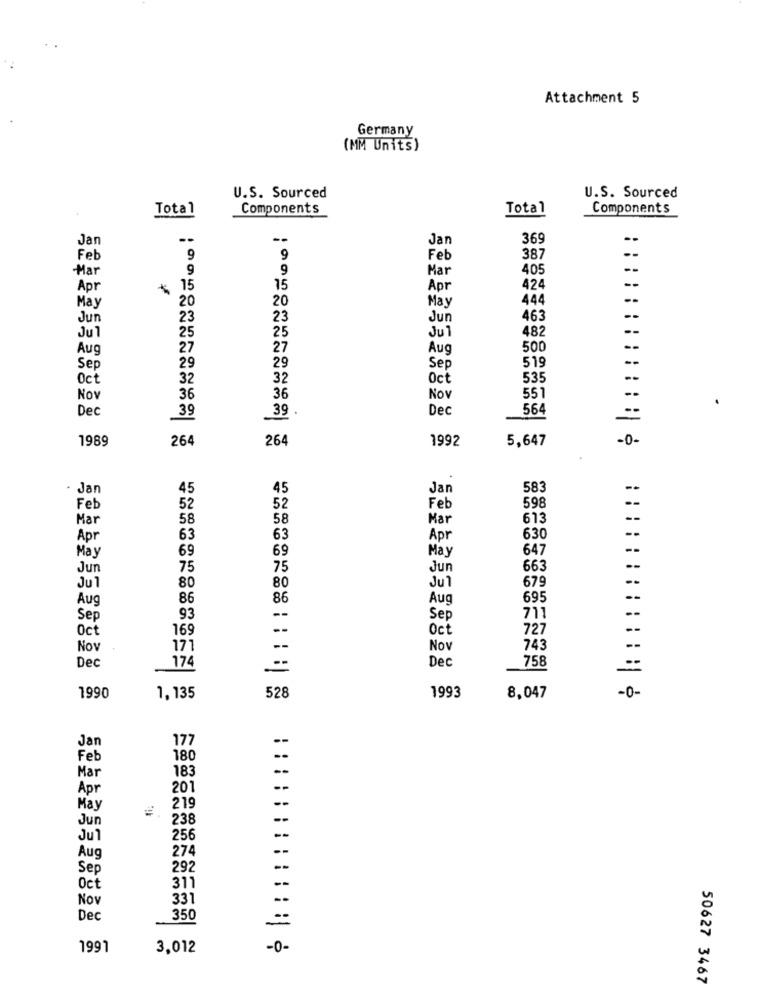
Attachment 5
Germany
(MM Units)
U.S. Sourced
U.S. Sourced
Total
Components
Total
Components
Jan
--
Jan
369
Feb
9
9
Feb
387
Mar
9
9
Mar
405
Apr
+ 15
15
Apr
424
20
May
444
--
May
20
Jun
23
23
Jun
463
25
25
Jul
482
--
Jul
Aug
27
27
Aug
500
--
Sep
29
29
Sep
519
Oct
32
32
Oct
535
--
Nov
36
36
Nov
551
Dec
39
39
Dec
564
1989
264
26
1992
5,647
-0-
. Jan
45
45
Jan
583
Feb
52
52
Feb
598
Mar
58
58
Mar
613
Apr
63
63
Apr
630
May
69
69
May
647
Jun
75
75
Jun
663
Jul
80
80
Jul
679
Aug
86
86
Aug
695
--
Sep
93
--
Sep
711
--
Oct
169
--
Oct
727
--
Nov
171
--
Nov
743
--
Dec
174
Dec
758
528
1990
1,135
1993
8,047
-0-
Jan
177
Feb
180
183
Mar
Apr
201
--
May
219
--
Jun
238
Ju1
256
--
27
--
Aug
Sep
292
--
Oct
311
Nov
331
Dec
350
1991
3,012
-0-
50627 3467